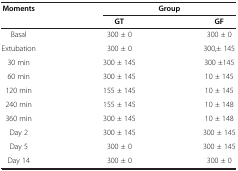
<table><thead><tr><td rowspan="2"><b>Moments</b></td><td colspan="2"><b>Group</b></td></tr><tr><td><b>GT</b></td><td><b>GF</b></td></tr></thead><tbody><tr><td>Basal</td><td>300 ± 0</td><td>300 ± 0</td></tr><tr><td>Extubation</td><td>300 ± 0</td><td>300,± 145</td></tr><tr><td>30 min</td><td>300 ± 145</td><td>300 ±145</td></tr><tr><td>60 min</td><td>300 ± 145</td><td>10 ± 145</td></tr><tr><td>120 min</td><td>155 ± 145</td><td>10 ± 145</td></tr><tr><td>240 min</td><td>155 ± 145</td><td>10 ± 148</td></tr><tr><td>360 min</td><td>300 ± 145</td><td>10 ± 148</td></tr><tr><td>Day 2</td><td>300 ± 145</td><td>300 ± 145</td></tr><tr><td>Day 5</td><td>300 ± 0</td><td>300 ± 145</td></tr><tr><td>Day 14</td><td>300 ± 0</td><td>300 ± 0</td></tr></tbody></table>